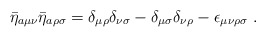
\begin{align*}\bar\eta_{a\mu\nu} \bar\eta_{a\rho\sigma}= \delta_{\mu\rho} \delta_{\nu\sigma}- \delta_{\mu\sigma} \delta_{\nu\rho}- \epsilon_{\mu\nu\rho\sigma} \ .\end{align*}